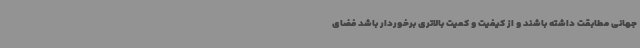
جهانی مطابقت داشته باشند و از کیفیت و کمیت بالاتری برخوردار باشد فضای